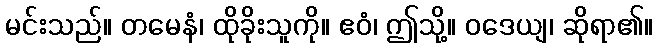
မင်းသည်။ တမေနံ၊ ထိုခိုးသူကို။ ဧဝံ၊ ဤသို့။ ဝဒေယျ၊ ဆိုရာ၏။